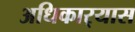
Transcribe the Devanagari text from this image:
अधिकार्‍यास